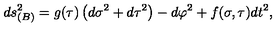
d s _ { ( B ) } ^ { 2 } = g ( \tau ) \left( d \sigma ^ { 2 } + d \tau ^ { 2 } \right) - d \varphi ^ { 2 } + f ( \sigma , \tau ) d t ^ { 2 } ,